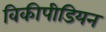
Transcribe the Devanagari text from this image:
विकीपीडियन